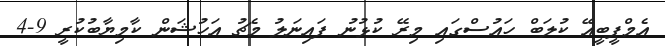
އެމްޕީބީއޭ ކުލަބް ހައުސްގައި މިރޭ ކުޅުނު ފައިނަލު މެޗު އަހުޝަން ކާމިޔާބުކުރީ 9-4